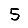
Digit: 5